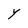
Character: Y